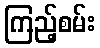
ကြည့်စမ်း